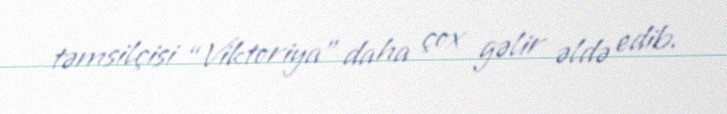
təmsilçisi “Viktoriya” daha çox gəlir əldə edib.